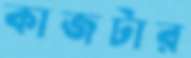
কাজটার